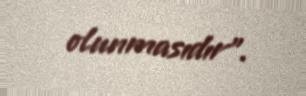
olunmasıdır”.